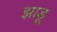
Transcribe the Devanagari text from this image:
झाडू़